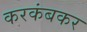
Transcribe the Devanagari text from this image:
करकंबकर